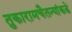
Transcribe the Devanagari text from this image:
तुकारामचैतन्यांकडे